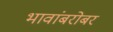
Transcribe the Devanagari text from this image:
भावांबरोबर